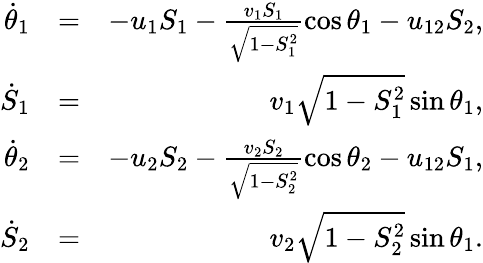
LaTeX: \begin{array}{rlr}{\dot{\theta}_{1}}&{=}&{-u_{1}S_{1}-\frac{v_{1}S_{1}}{\sqrt{1-S_{1}^{2}}}\cos\theta_{1}-u_{12}S_{2},}\\ {\dot{S}_{1}}&{=}&{v_{1}\sqrt{1-S_{1}^{2}}\sin\theta_{1},}\\ {\dot{\theta}_{2}}&{=}&{-u_{2}S_{2}-\frac{v_{2}S_{2}}{\sqrt{1-S_{2}^{2}}}\cos\theta_{2}-u_{12}S_{1},}\\ {\dot{S}_{2}}&{=}&{v_{2}\sqrt{1-S_{2}^{2}}\sin\theta_{1}.}\end{array}